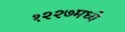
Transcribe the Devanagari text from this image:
१२२७मध्ये